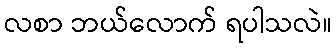
လစာ ဘယ်လောက် ရပါသလဲ။